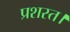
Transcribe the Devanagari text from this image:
प्रशस्त।